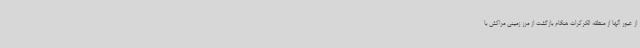
از عبور آنها از منطقه الکرکرات هنگام بازگشت از مرز زمینی مراکش با